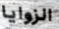
الزوايا